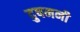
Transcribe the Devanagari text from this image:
दुषमनी